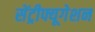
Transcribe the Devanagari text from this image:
सेंट्रीफ्यूगेशन